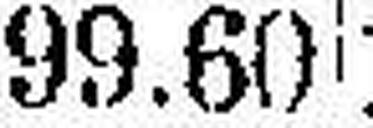
99.60